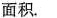
面积。